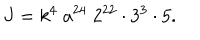
J = k ^ { 4 } \; a ^ { 2 4 } \; 2 ^ { 2 2 } \cdot 3 ^ { 3 } \cdot 5 .